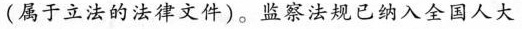
(属于立法的法律文件)。监察法规已纳入全国人大